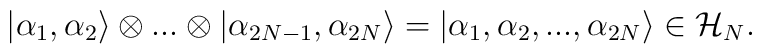
\left| \alpha _{1},\alpha _{2}\right\rangle \otimes ...\otimes \left| \alpha _{2N-1},\alpha _{2N}\right\rangle =\left| \alpha _{1},\alpha _{2},...,\alpha _{2N}\right\rangle \in {\cal H}_{N}.